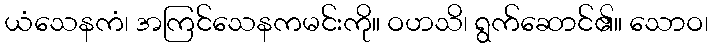
ယံသေနကံ၊ အကြင်သေနကမင်းကို။ ဝဟသိ၊ ရွက်ဆောင်၏။ သောဝ၊